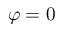
\varphi = 0